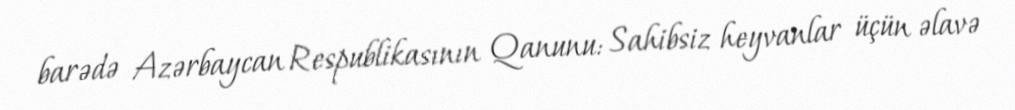
barədə Azərbaycan Respublikasının Qanunu: Sahibsiz heyvanlar üçün əlavə